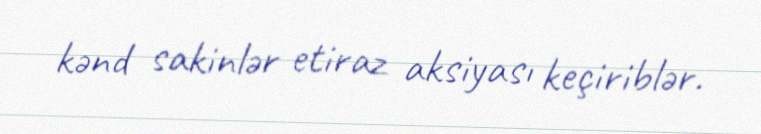
kənd sakinlər etiraz aksiyası keçiriblər.